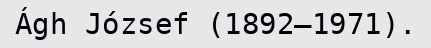
Ágh József (1892–1971).